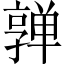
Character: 亸